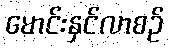
မောင်းနှင်လာစဉ်